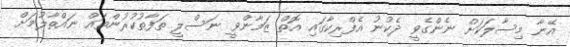
އޭނާ މިސާލަކަށް ނެންގެވީ ދެކުނު އެފްރިކާގައި އޮތް ޒަމާންވީ ނަސްލީ ތަފާތުކުރުންތައް ނައްތާލުމަށް